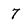
Character: 7